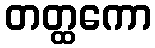
တတ္ထကော